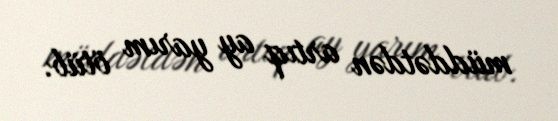
müddətdən artıq ay yarım ötüb.